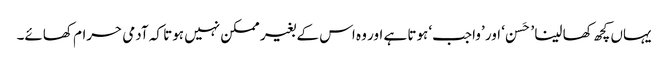
یہاں کچھ کھا لینا ’حَسن ‘ اور ’واجب‘ ہوتا ہے اور وہ اس کے بغیر ممکن نہیں ہوتا کہ آدمی حرام کھائے۔